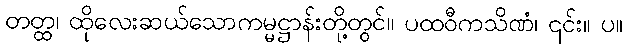
တတ္ထ၊ ထိုလေးဆယ်သောကမ္မဋ္ဌာန်းတို့တွင်။ ပထဝီကသိဏံ၊ ၎င်း။ ပ။